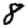
Digit: 8